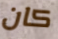
كان